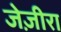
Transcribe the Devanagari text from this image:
जेज़ीरा